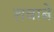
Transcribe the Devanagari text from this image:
शवाबे